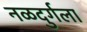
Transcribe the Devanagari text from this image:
नळदुर्गला